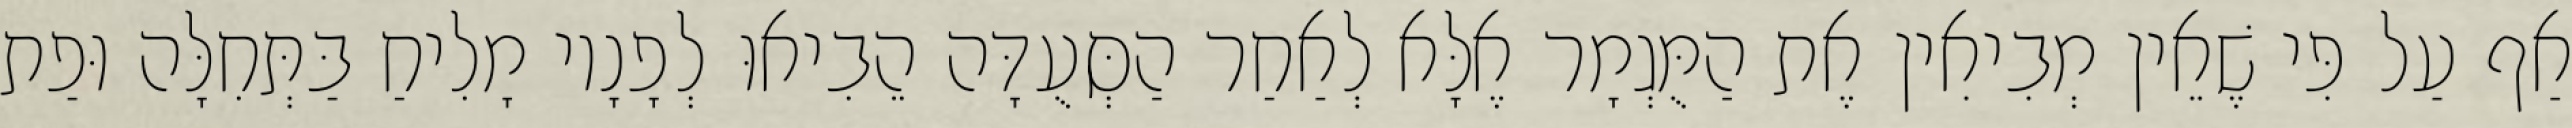
אַף עַל פִּי שֶׁאֵין מְבִיאִין אֶת הַמֻּגְמָר אֶלָּא לְאַחַר הַסְּעֻדָּה הֵבִיאוּ לְפָנָיו מָלִיחַ בַּתְּחִלָּה וּפַת